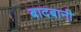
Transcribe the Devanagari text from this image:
बादबानी